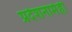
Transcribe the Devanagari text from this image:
प्रदेशनामेही